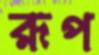
রূপ